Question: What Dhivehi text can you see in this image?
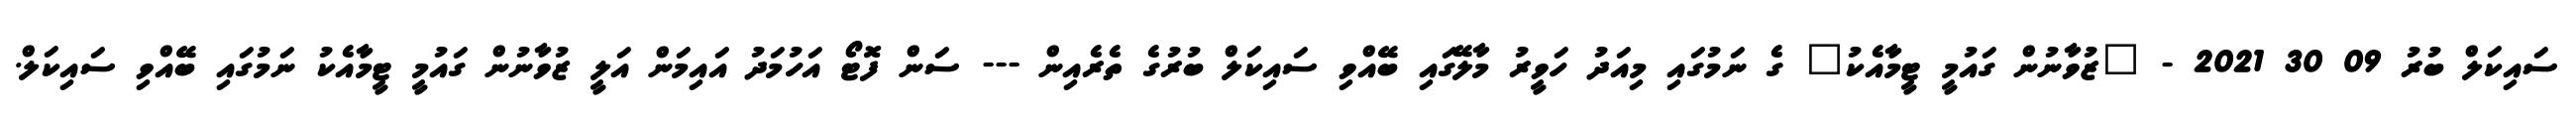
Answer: ސައިކަލް ބުރު 09 30 2021 - "ޒުވާނުން ގައުމީ ޓީމާއެކު" ގެ ނަމުގައި މިއަދު ހަވީރު މާލޭގައި ބޭއްވި ސައިކަލް ބުރުގެ ތެރެއިން --- ސަން ފޮޓޯ އަހުމަދު އައިމަން އަލީ ޒުވާނުން ގައުމީ ޓީމާއެކު ނަމުގައި ބޭއްވި ސައިކަލް.